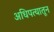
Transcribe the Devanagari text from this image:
अधिपत्यातून